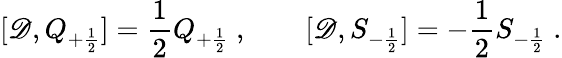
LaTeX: [\mathscr{D},Q_{+{\frac{{1}}{{2}}}}]={\frac{{1}}{{2}}}Q_{+{\frac{{1}}{{2}}}}\ ,\qquad[\mathscr{D},S_{-{\frac{{1}}{{2}}}}]=-{\frac{{1}}{{2}}}S_{-{\frac{{1}}{{2}}}}\ .